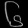
Digit: ၆